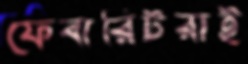
ফেবারিটরাই